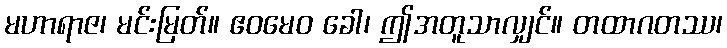
မဟာရာဇ၊ မင်းမြတ်။ ဧဝမေဝ ခေါ၊ ဤအတူသာလျှင်။ တထာဂတဿ၊